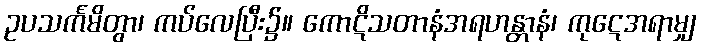
ဥပသင်္ကမိတွာ၊ ကပ်လေပြီး၌။ ကောဋိသတာနံအရဟန္တာနံ၊ ကုဋေအရာမျှ